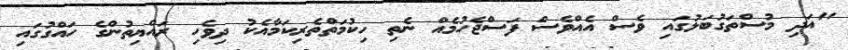
"އަދި މުސްތަގުބަލުގައި ވެސް އެއްވެސް ފަސްޖެހުމެއް ނެތި ހިކުމަތްތެރިކަމާއެކު ދިވެހި ރައްޔިތުންގެ ހައްގުގައި